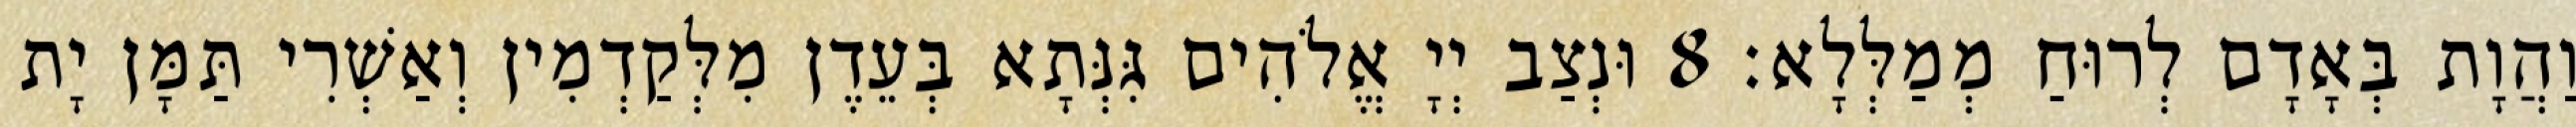
וַהֲוָת בְּאָדָם לְרוּחַ מְמַלְּלָא׃ 8 וּנְצַב יְיָ אֱלֹהִים גִּנְּתָא בְּעֵדֶן מִלְּקַדְמִין וְאַשְׁרִי תַּמָּן יָת